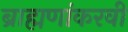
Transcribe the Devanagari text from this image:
ब्राह्मणांकरवी